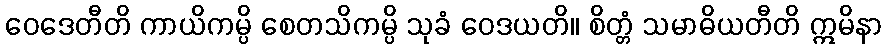
ဝေဒေတီတိ ကာယိကမ္ပိ စေတသိကမ္ပိ သုခံ ဝေဒယတိ။ စိတ္တံ သမာဓိယတီတိ ဣမိနာ